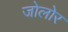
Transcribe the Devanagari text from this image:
जोलोर